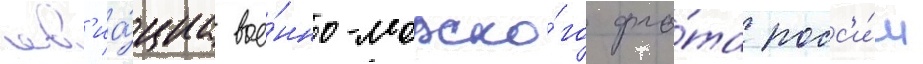
ав'иа́циа вое́нно-морско́го фло́та росс'и́и